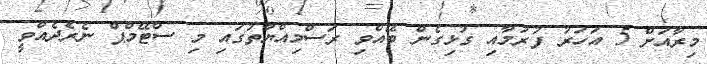
މިރާއަށް 5 އަހަރު ފުރުމާއި ގުޅިގެން ބޭއްވި ރަސްމިއްޔާތުގައި މި ސްޓޭމްޕް ނެރެދެއްވީ